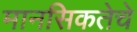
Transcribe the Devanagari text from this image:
मानसिकतेचे